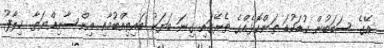
އޭގެ ސަބަބުން ކުޑަކުޑަ ތަންކޮޅެއްގެ ތެރޭގައި ގިނަ ބަޔަކު ބައިތިއްބުމާއި އިންސާނިއްޔަތާ ޚިލާފު